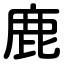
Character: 鹿